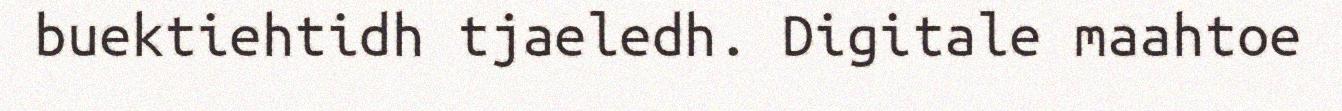
buektiehtidh tjaeledh. Digitale maahtoe